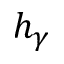
h _ { \gamma }